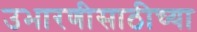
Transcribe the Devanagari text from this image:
उभारणीसाठीच्या